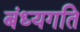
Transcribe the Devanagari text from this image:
बंध्यगति